King Institute of Preventive Medicine Micro-Biological Section reports 1909-11
Year: 1909
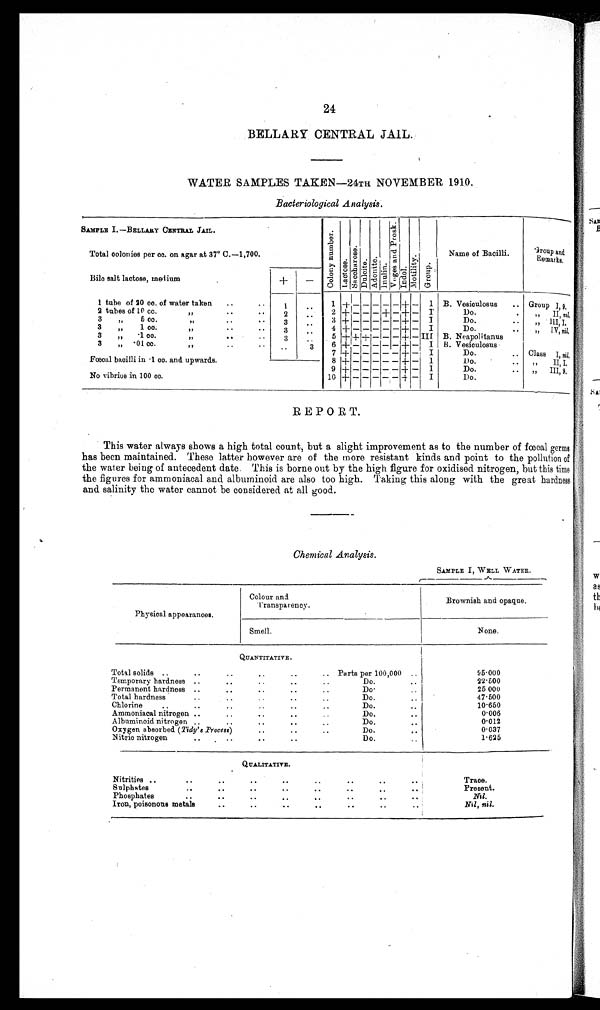
24
BELLARYCENTRAL JAIL.
WATER SAMPLES TAKEN—24TH NOVEMBER 1910.
Bacteriological Analysis.
SAMPLE I.—BELLARY CENTRAL JAIL.
Col ony number. Lactose.Sa c c ha r os e .Dulcite.Adoni t e.Inulin. V o g e s a n d P r os k . Indol.Mot i l i t y.Group.
Name of Bacilli.
Group an
d Remarks.
Total colonies per cc. on agar at 37° C.—1,700.
Bile salt lactose, medium
+
−
1 tube of 20 cc. of water taken
1
1
+
− − − − −
+
−
I B. Vesiculosus
Group I, 9.
2 tubes of 10 cc.
„
2
2 +
− − − + − + −
I
Do.
,, II, ni l .
3 „ 5 c c .
„
3
3 + − − − − − + −
I
Do.
,, III, I.
3 „ 1 c
c. „
3
4 + − − − − − + −
I
Do.
,, IV, n i l .
3 „ .1
cc. „
3
5
+ + +
− − − + − III B. Neapolitanus
3 „ .01cc. „
3
6 + − − − − −
+
−
I
B. vesiculosus
7 + − − − − − + −
I
Do.
Class I, nil
Fœcal bacilli in 1cc. and upwards.
8 + − − − −− − +
−
I
Do.
,, II, I.
9 + − − − − −
+
−
I
Do.
,, III, 9.
No vibrios in 100 cc.
10
+
−
− − − −
+
−
I
Do.
REPORT.
This water always shows a high total count, but a slight improvement as to the number of fœcal germs
has been maintained. These latter however are of the more resistant kinds and point to the pollution of
the water being of antecedent date. This is borne out by the high figure for oxidised nitrogen, but this time
the figures for ammoniacal and albuminoid are also too high. Taking this along with the great hardness
and salinity the water cannot be considered at all good.
Chemical Analysis.
SAMPLE I, WELL WATER.
Physical appearances.
Colour and
Transparency.
Brownish and opaque.
Smell.
None.
QUANTITATIVE.
Total solids
Parts per 100,000
95·000
Temporary hardness
Do.
22·500
P e r ma n e n t h a r d n e s s
Do.
25 000
Total hardness
Do.
47·500
Chlorine
Do.
10·650
Ammoniacal nitrogen
Do.
0·006
Albuminoid nitrogen
Do.
0·012
Oxygen absorbed ( Tidy's Process)
Do.
0·037
Nitric nitrogen
Do.
1·625
QUALITATIVE.
Nitrities
Trace.
Sulphates
Present.
phos phat es
Nil.
Iron, poisonous metals
Nil, nil .